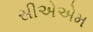
સીએએમ